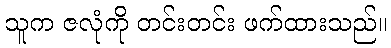
သူက ဇလုံကို တင်းတင်း ဖက်ထားသည်။